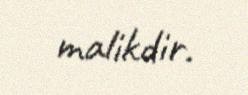
malikdir.